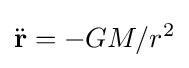
{\ddot {\mathbf {r} }}=-GM/r^{2}